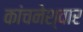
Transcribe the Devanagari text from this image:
कांचनेश्वार